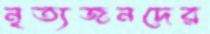
নৃত্যজনদের